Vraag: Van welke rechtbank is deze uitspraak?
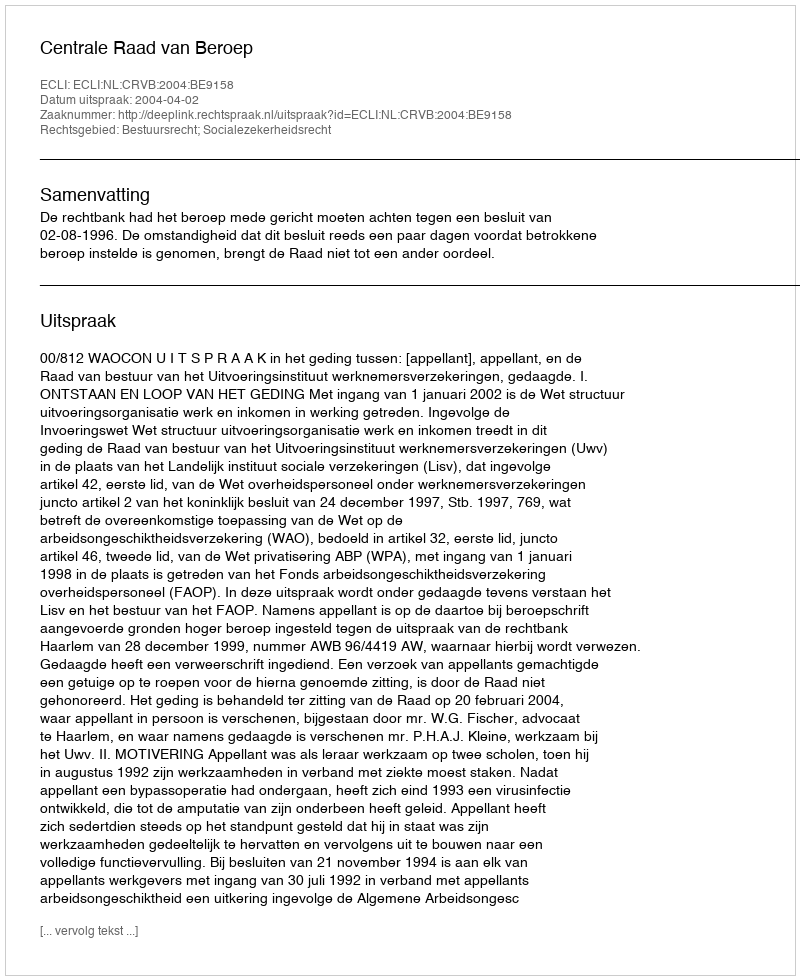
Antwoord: Centrale Raad van Beroep